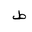
Letter: _da